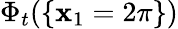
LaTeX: \Phi_{t}(\{ \mathbf{x}_{1}=2\pi\} )